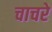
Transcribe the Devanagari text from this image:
चाचरे